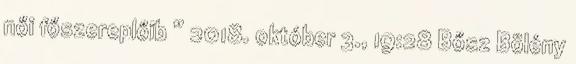
női főszereplőib ” 2018. október 3., 19:28 ‎Bősz Bölény